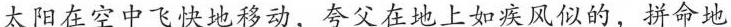
太阳在空中飞快地移动，夸父在地上如疾风似的，拼命地